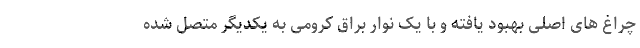
چراغ های اصلی بهبود یافته و با یک نوار براق کرومی به یکدیگر متصل شده